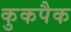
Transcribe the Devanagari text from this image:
कुकपैक